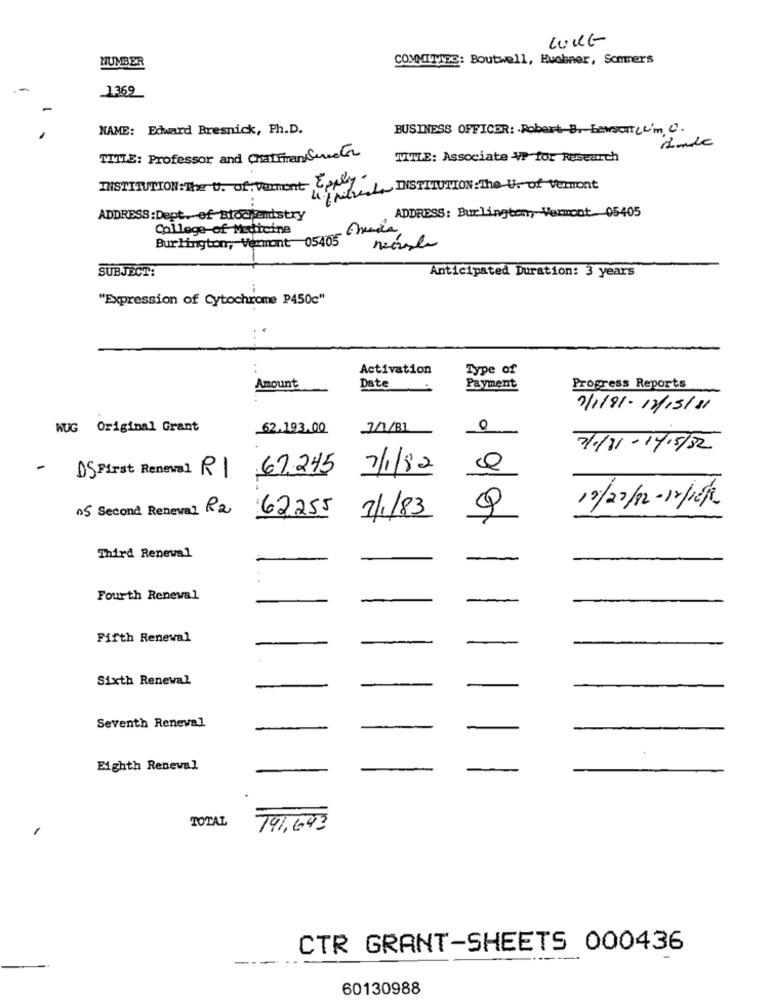
HUMBER
COMMITTIDS: Boutwell, Huebner, Sommers
1369
NAME: Edward Bresnick, Ph.D.
BUSINESS OFFICER: Robert B. Lawsort cc'm O.
TITLE: Professor and Chalfman Streeter
TITLE: Associate VP for Research
INSTITUTION: The U. of vermont Expliy.
4. piresLa INSTITUTION: The U. of Vermont
ADDRESS: Burlington, Vermont 05405
ADDRESS:Dept. of Biochemistry
College of Medicine
Burlington, Vermont 05405
SUBJECT:
Anticipated Duration: 3 years
"Expression of Cytochrome P450c"
Activation
Type of
Amount
Date
Payment
Progress Reports
7/1/81-12/15/81
WUG Original Grant
62,193.00
10/81
0
7/1/11- 1/15/32
15 First Renewal R1 67.245
7/1/82
05 Second Reneval R2 62255
7/1/83
Q
10/22/12 - 14feet
Third Renewal
Fourth Renewal
Fifth Renewal
Sixth Renewal
Seventh Reneval
Eighth Renewal
TOTAL
791,693
CTR GRANT-SHEETS 000436
-
60130988